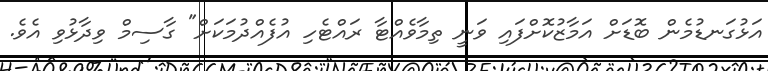
އަޅުގަނޑުމެން ބޮޑަށް އަމާޒުކޮށްފައި ވަނީ ތިމާވެއްޓާ ރައްޓެހި އުފެއްދުމަކަށް" ގާސިމް ވިދާޅުވި އެވެ.